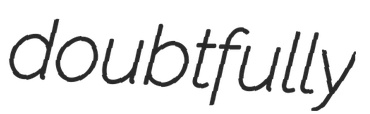
doubtfully